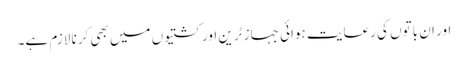
اور ان باتوں کی رعایت ہوائی جہاز ٹرین اور کشتیوں میں بھی کرنا لازم ہے۔